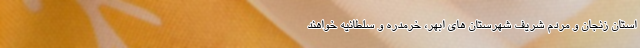
استان زنجان و مردم شریف شهرستان های ابهر، خرمدره و سلطانیه خواهند